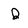
Character: Q